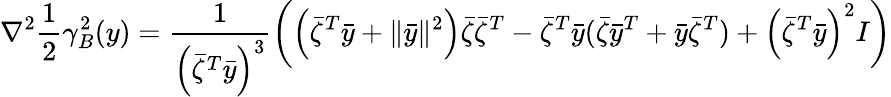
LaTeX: \nabla^{2}\frac{1}{2}\gamma_{B}^{2}(y)=\frac{1}{\left(\bar{\zeta}^{T}\bar{y}\right)^{3}}\left(\left(\bar{\zeta}^{T}\bar{y}+\| \bar{y}\| ^{2}\right)\bar{\zeta}\bar{\zeta}^{T}-\bar{\zeta}^{T}\bar{y}(\bar{\zeta}\bar{y}^{T}+\bar{y}\bar{\zeta}^{T})+\left(\bar{\zeta}^{T}\bar{y}\right)^{2}I\right)